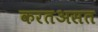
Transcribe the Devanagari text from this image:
करतअसत